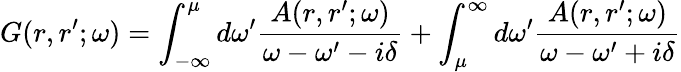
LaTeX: G(r,r^{\prime};\omega)=\int_{-\infty}^{\mu}d\omega^{\prime}\frac{A(r,r^{\prime};\omega)}{\omega-\omega^{\prime}-i\delta}+\int_{\mu}^{\infty}d\omega^{\prime}\frac{A(r,r^{\prime};\omega)}{\omega-\omega^{\prime}+i\delta}